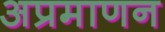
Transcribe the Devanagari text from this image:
अप्रमाणन